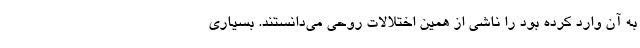
به آن وارد کرده بود را ناشی از همین اختلالات روحی می‌دانستند. بسیاری